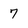
Character: 7